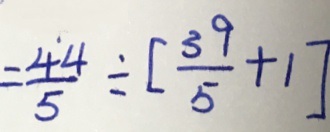
= \frac { 4 4 } { 5 } \div [ \frac { 3 9 } { 5 } + 1 ]